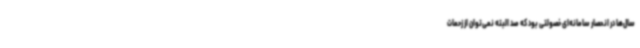
سال‌ها در انحصار سامانه‌ای خصولتی بود که صد البته نمی‌توان از زحمات